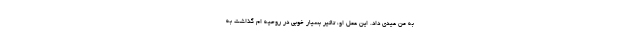
به من عیدی داد. این عمل او، تاثیر بسیار خوبی در روحیه ام گذاشت به